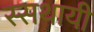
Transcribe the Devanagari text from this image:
स्सथायी